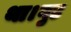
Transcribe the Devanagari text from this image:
था।गुड